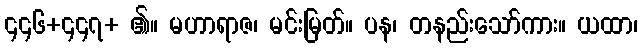
၄၄၆+၄၄၇+ ၏။ မဟာရာဇ၊ မင်းမြတ်။ ပန၊ တနည်းသော်ကား။ ယထာ၊